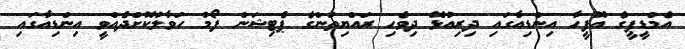
އެމްޑީޕީގެ އޮފީހާ އިންޑިއާގައި ދިރިއުޅޭ ދިވެހި ރައްޔިތުންގެ ޕެޓިޝަން ފޯމު ހަވާލުކޮށްދެއްވީ އިންޑިއާގައި